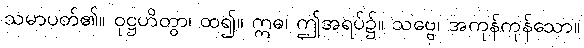
သမာပတ်၏။ ဝုဋ္ဌဟိတွာ၊ ထ၍။ ဣဓ၊ ဤအရပ်၌။ သဗ္ဗေ၊ အကုန်ကုန်သော။